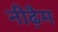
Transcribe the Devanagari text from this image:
नीढ़ैम